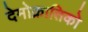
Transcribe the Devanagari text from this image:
देमोक्रातिको